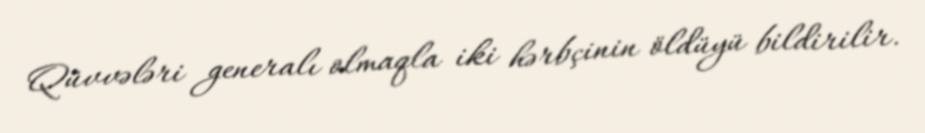
Qüvvələri generalı olmaqla iki hərbçinin öldüyü bildirilir.